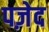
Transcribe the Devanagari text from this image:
पज़ेद